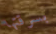
بسرقتها